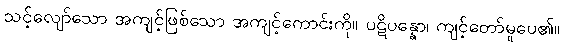
သင့်လျော်သော အကျင့်ဖြစ်သော အကျင့်ကောင်းကို။ ပဋိပန္နော၊ ကျင့်တော်မူပေ၏။